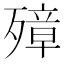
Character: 𰚁